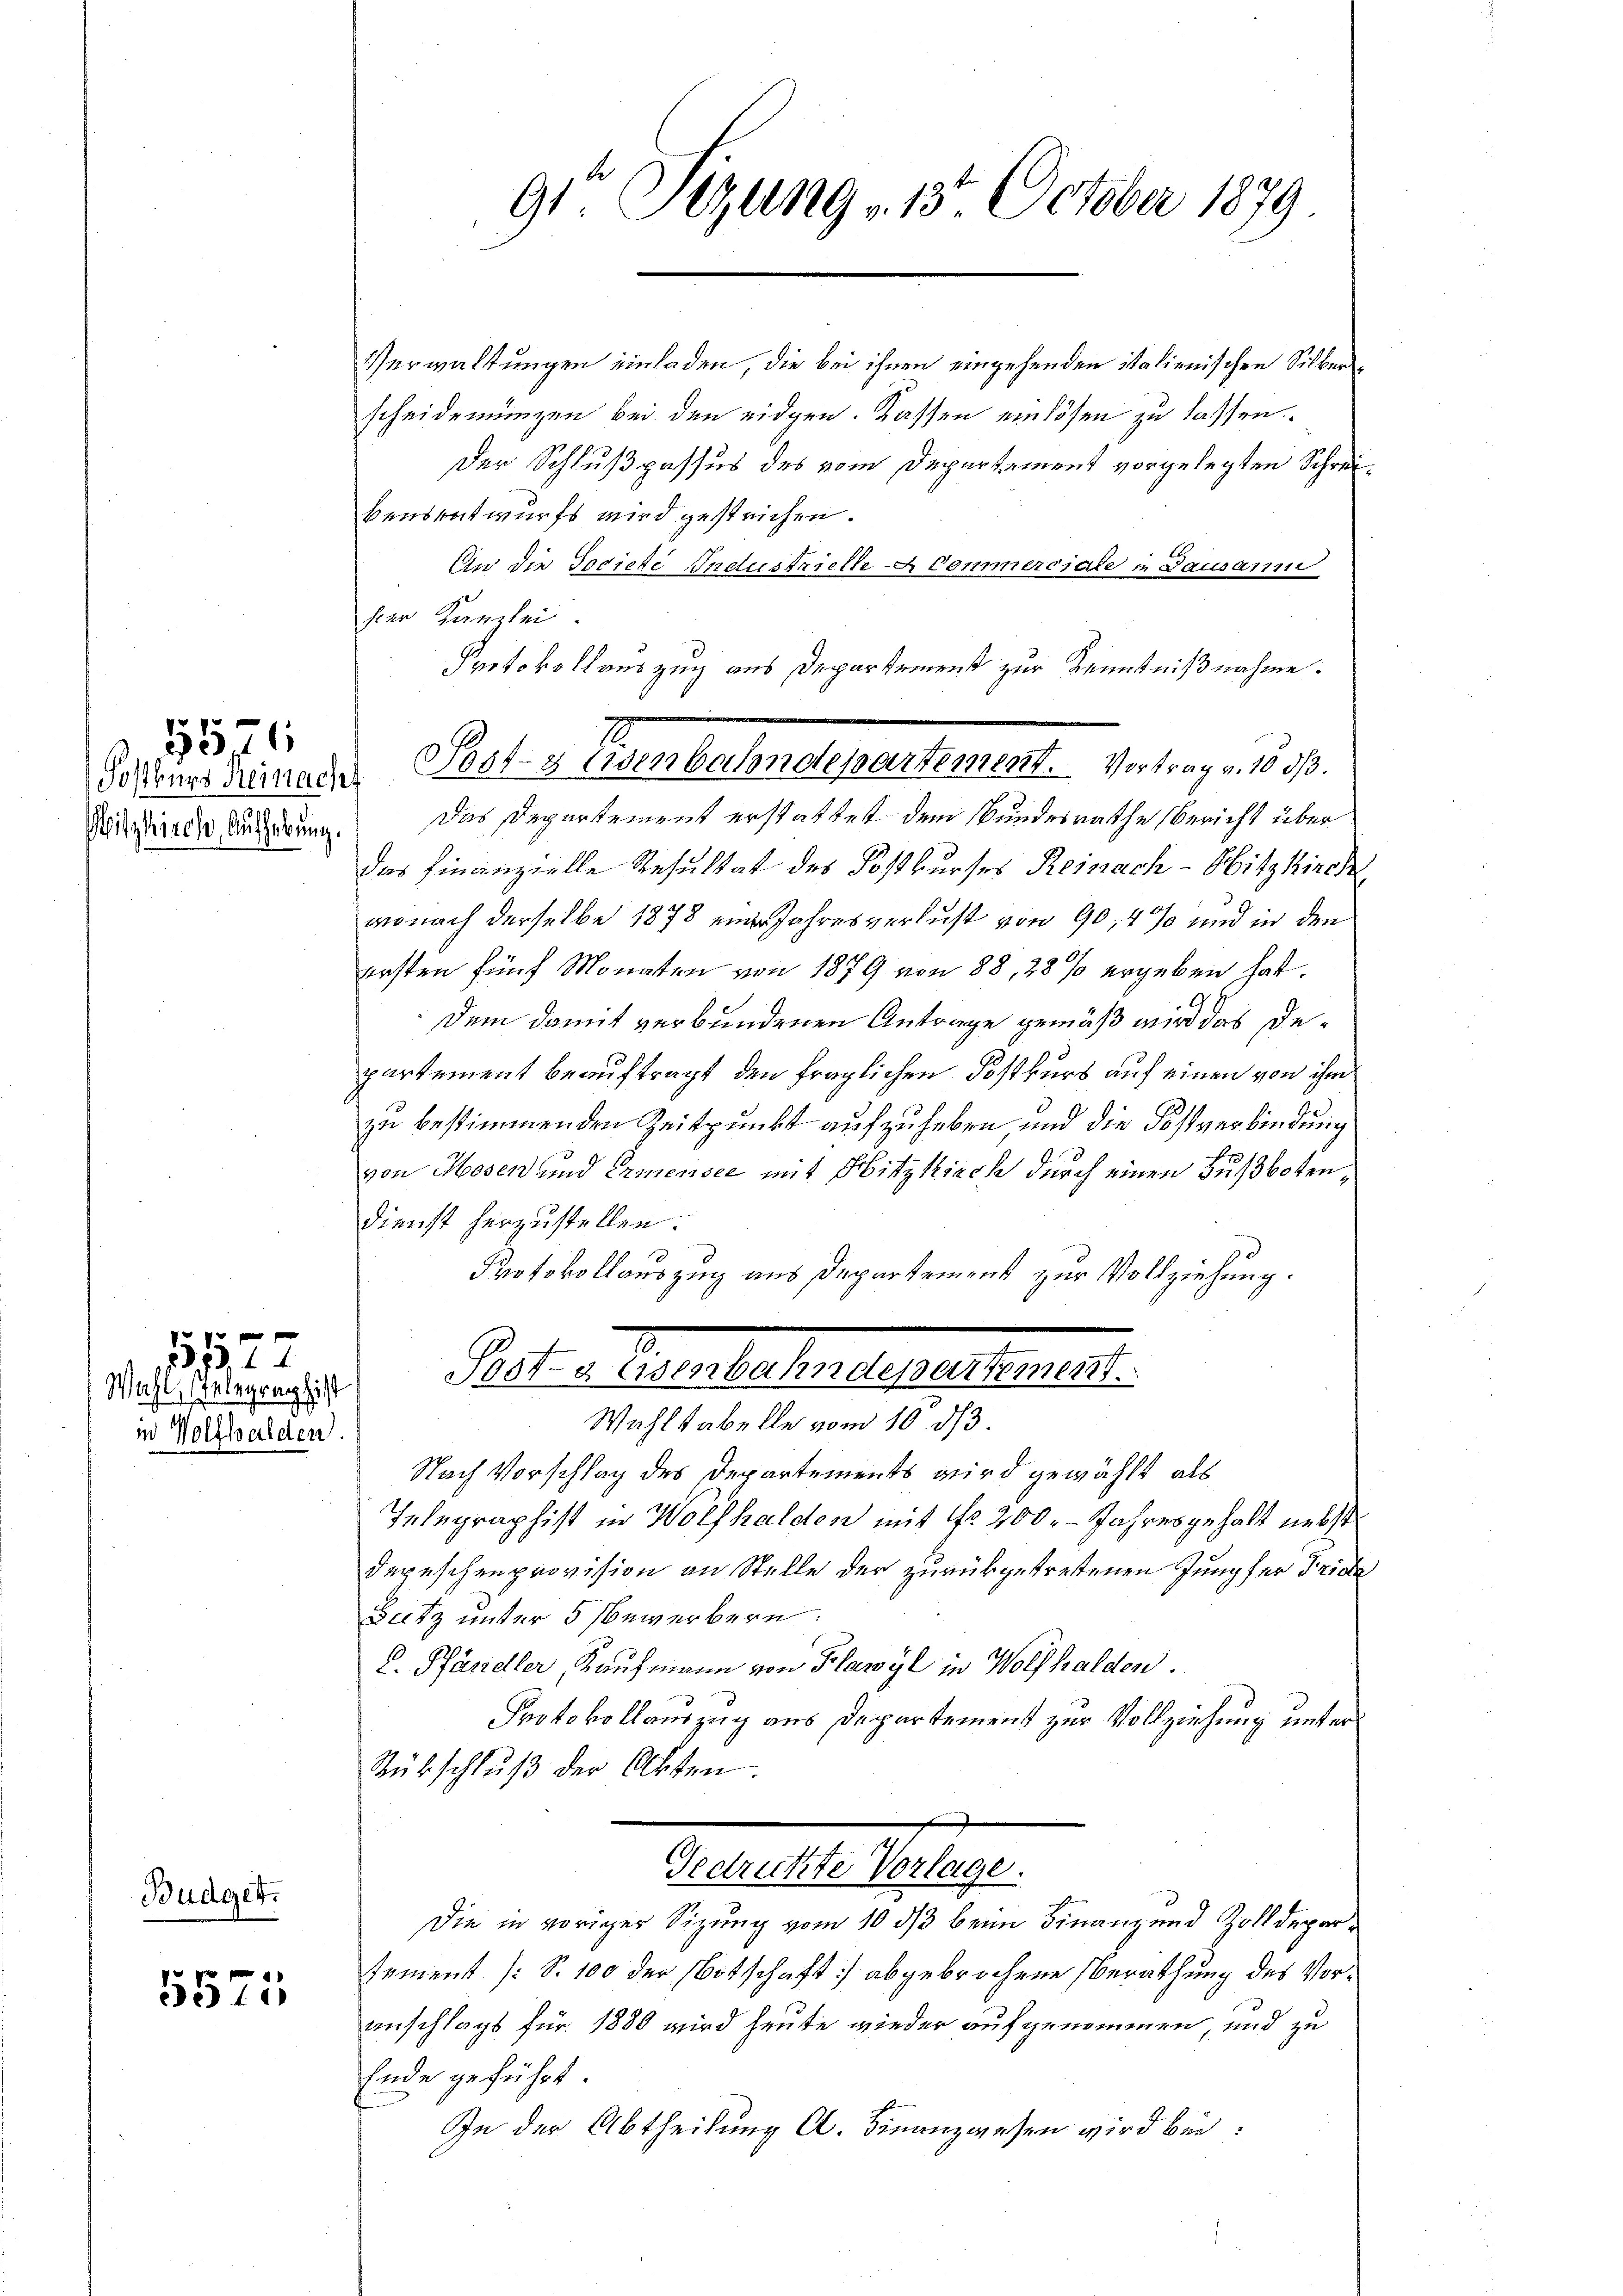
Mitzkirche, Aufhebung.

551

Wahl, stelegraphist
in Wolfhalden.

Budget.

1527

5571

Verwaltungen einladen, die bei ihnen eingehenden italienischen Silberscheidemünzen bei den eidgen. Kassen einlösen zu lassen
Der Schlußpassus des vom Departament vorgelegten Schreibensentwurfs wird gestrichen.
An die Societe Endustrielle Commerciale in Dausann
hier Kanzlei.
Protokollauszug aus Departement zur Kenntnißnahme.
Das Departement erstattet dem Bundesrathe Bericht über
das Finanzielle Resultat des Postkurses Reinach - Hitzkirch
wonach derselbe 1878 ein Jahresverlust von 90,4% und in den
ersten fünf Monaten von 1879 von 88, 28 % ergeben hat.
Dem damit verbundenen Antrage gemäß wird das Departement beauftragt den fraglichen Postkurs auf einen von ihm
zu bestimmenden Zeitpunkt aufzuheben, und die Fostverbindung
von Hosen und Ermensee mit Hitzkirch durch einen Fußboten¬
Dienst herzustellen.
Protokollauszug aus Departement zur Vollziehung.
Pectio erlasse segelten.
Wahl tabelle vom 10. d. 3.
Nach Vorschlag des Departements wird gewählt, als
Ielegraphist in Wolfhalden mit Nr. 200. Jahresgehalt nebst
Depeschenprovision an Stelle der zurükgetrettenen Jungfer Friste
Satz unter 5 bewerbern:
C. Pfändler, Kaufmann von Flawyl in Wolfhalden.
Protokollauszug aus Departement zur Vollziehung unter
Rübschlŭβ der Akten.
Aestelle dessen.
Die in voriger Sizung vom 10. ds beim Finanz und Zolldeparsement (S. 100 der Botschaft) abgebrochene Berathung des Voranschlags für 1880 wird heute wieder aufgenommen, und zu
Ende geführt.
In der Abtheilung Al. Finanzwesen wird bei:

9te Sizung 13. October 1879

2
Soßner Reinem Post- & Eisenbahndepartement. Vortrag v. 1803.